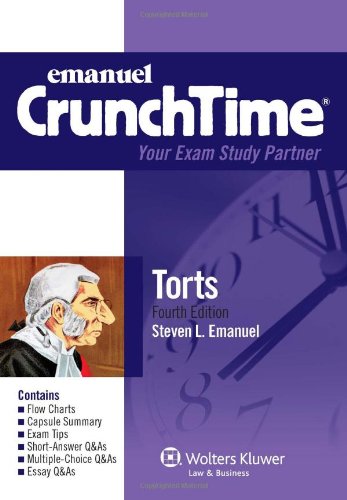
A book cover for CrunchTime: Torts, Fourth Edition; Steven L. Emanuel; Law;